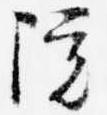
院